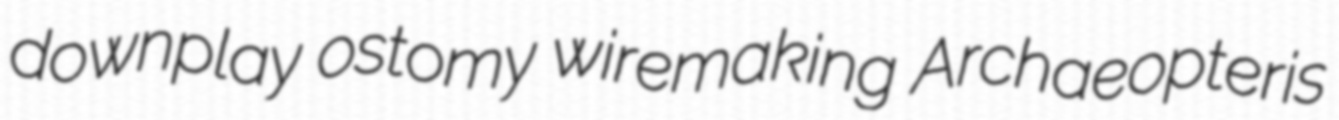
downplay ostomy wiremaking Archaeopteris